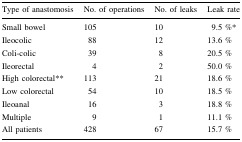
<table><thead><tr><td><b>Type of anastomosis</b></td><td><b>No. of operations</b></td><td><b>No. of leaks</b></td><td><b>Leak rate</b></td></tr></thead><tbody><tr><td>Small bowel</td><td>105</td><td>10</td><td>9.5 %*</td></tr><tr><td>Ileocolic</td><td>88</td><td>12</td><td>13.6 %</td></tr><tr><td>Coli-colic</td><td>39</td><td>8</td><td>20.5 %</td></tr><tr><td>Ileorectal</td><td>4</td><td>2</td><td>50.0 %</td></tr><tr><td>High colorectal**</td><td>113</td><td>21</td><td>18.6 %</td></tr><tr><td>Low colorectal</td><td>54</td><td>10</td><td>18.5 %</td></tr><tr><td>Ileoanal</td><td>16</td><td>3</td><td>18.8 %</td></tr><tr><td>Multiple</td><td>9</td><td>1</td><td>11.1 %</td></tr><tr><td>All patients</td><td>428</td><td>67</td><td>15.7 %</td></tr></tbody></table>